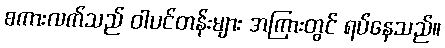
စကားလက်သည် ဝါပင်တန်းများ အကြားတွင် ရပ်နေသည်။